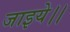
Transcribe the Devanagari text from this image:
जाइये।।